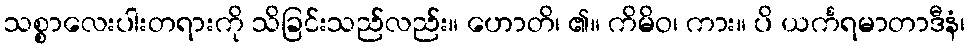
သစ္စာလေးပါးတရားကို သိခြင်းသည်လည်း။ ဟောတိ၊ ၏။ ကိမိဝ၊ ကား။ ပိ ယင်္ကရမာတာဒီနံ၊